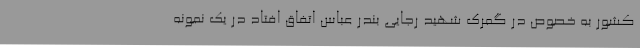
کشور به خصوص در گمرک شهید رجایی بندر عباس اتفاق افتاد در یک نمونه